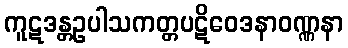
ကူဋဒန္တဥပါသကတ္တပဋိဝေဒနာဝဏ္ဏနာ